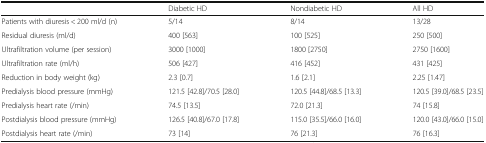
<table><thead><tr><td></td><td><b>Diabetic HD</b></td><td><b>Nondiabetic HD</b></td><td><b>All HD</b></td></tr></thead><tbody><tr><td>Patients with diuresis &lt; 200 ml/d (n)</td><td>5/14</td><td>8/14</td><td>13/28</td></tr><tr><td>Residual diuresis (ml/d)</td><td>400 [563]</td><td>100 [525]</td><td>250 [500]</td></tr><tr><td>Ultrafiltration volume (per session)</td><td>3000 [1000]</td><td>1800 [2750]</td><td>2750 [1600]</td></tr><tr><td>Ultrafiltration rate (ml/h)</td><td>506 [427]</td><td>416 [452]</td><td>431 [425]</td></tr><tr><td>Reduction in body weight (kg)</td><td>2.3 [0.7]</td><td>1.6 [2.1]</td><td>2.25 [1.47]</td></tr><tr><td>Predialysis blood pressure (mmHg)</td><td>121.5 [42.8]/70.5 [28.0]</td><td>120.5 [44.8]/68.5 [13.3]</td><td>120.5 [39.0]/68.5 [23.5]</td></tr><tr><td>Predialysis heart rate (/min)</td><td>74.5 [13.5]</td><td>72.0 [21.3]</td><td>74 [15.8]</td></tr><tr><td>Postdialysis blood pressure (mmHg)</td><td>126.5 [40.8]/67.0 [17.8]</td><td>115.0 [35.5]/66.0 [16.0]</td><td>120.0 [43.0]/66.0 [15.0]</td></tr><tr><td>Postdialysis heart rate (/min)</td><td>73 [14]</td><td>76 [21.3]</td><td>76 [16.3]</td></tr></tbody></table>